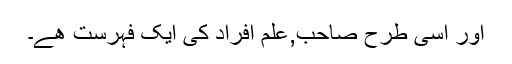
اور اسی طرح صاحب,علم افراد کی ایک فہرست ھے۔